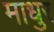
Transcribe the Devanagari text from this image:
माधुर